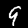
Label: 9